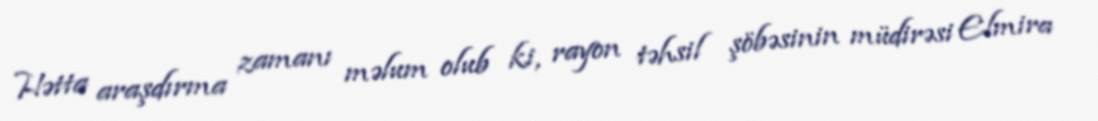
Hətta araşdırma zamanı məlum olub ki, rayon təhsil şöbəsinin müdirəsi Elmira